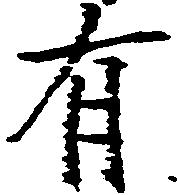
有